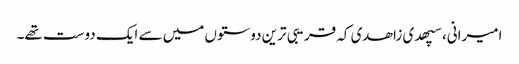
امیرانی، سپھدی زاھدی کہ قریبی ترین دوستوں میں سے ایک دوست تھے۔